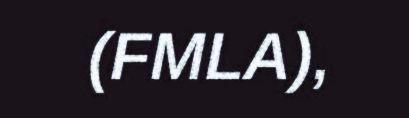
(FMLA),